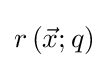
r\left({{\vec {x}};q}\right)